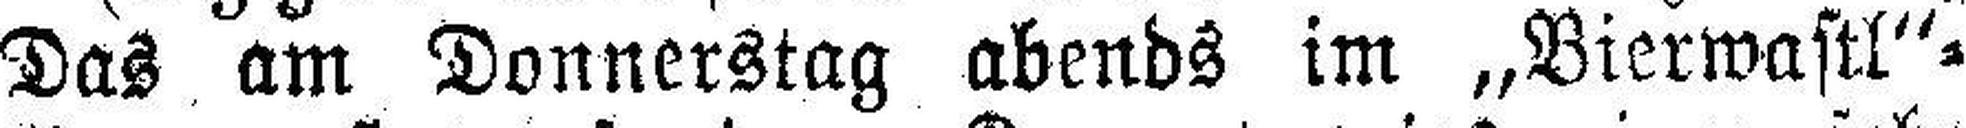
Das am Donnerstag abends im „Bierwastl“=